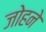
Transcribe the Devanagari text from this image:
जोहने